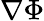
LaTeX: \nabla\Phi